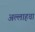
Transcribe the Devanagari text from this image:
अल्लाहचा